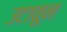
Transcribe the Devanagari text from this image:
उटावून